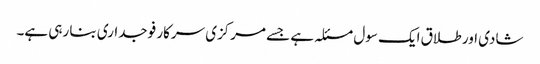
شادی اور طلاق ایک سول مسئلہ ہے جسے مرکزی سرکار فوجداری بنا رہی ہے۔